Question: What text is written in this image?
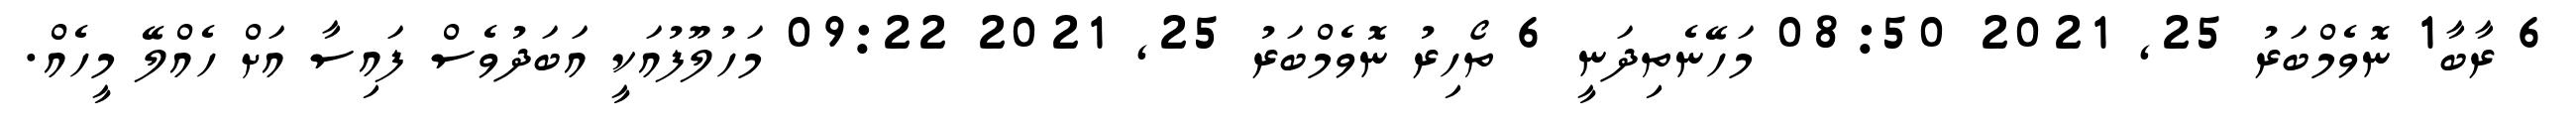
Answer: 6 ރާބާ1 ނޮވެމްބަރު 25, 2021 08:50 މަހޭނެތިދަނީ 6 ތޯހިރު ނޮވެމްބަރު 25, 2021 09:22 މަހުލޫފުއަކީ އަބަދުވެސް ފައިސާ އަށް ހެއްލޭ މީހެއް.